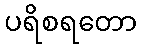
ပရိစရတော